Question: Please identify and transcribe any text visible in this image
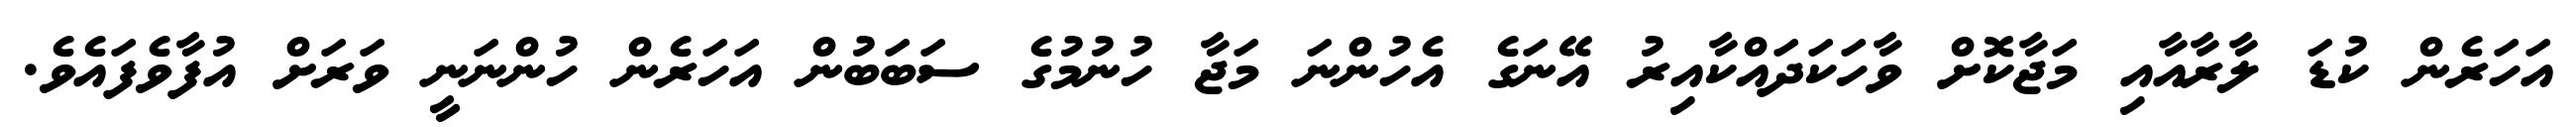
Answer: އަހަރެން ކުޑަ ލާރާއާއި މަޖާކޮށް ވާހަކަދައްކާއިރު އޭނަގެ އެހުންނަ މަޖާ ހުނުމުގެ ސަބަބުން އަހަރެން ހުންނަނީ ވަރަށް އުފާވެފައެވެ.